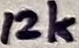
Text: 12k